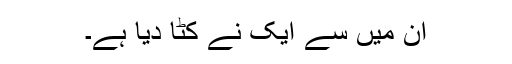
ان میں سے ایک نے کٹّا دیا ہے۔